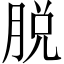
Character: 脱